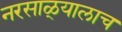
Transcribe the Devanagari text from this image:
नरसाळ्यालाच